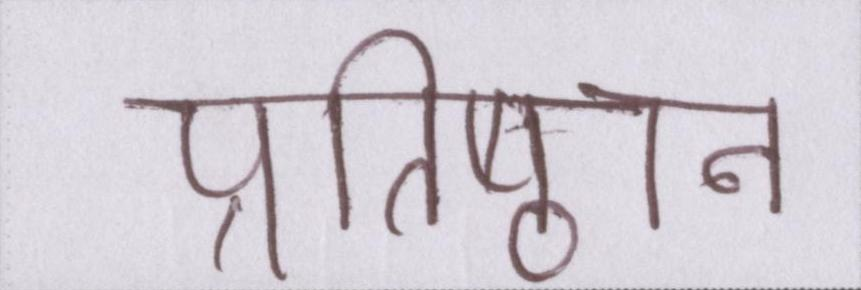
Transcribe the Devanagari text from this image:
प्रतिष्ठान